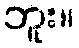
ဘူး။